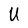
Character: U